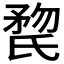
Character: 𣱏